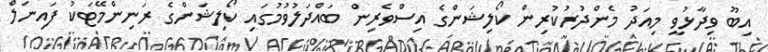
އިބޫ ވިދާޅުވީ މިއަދު މެންދުރުކުރިން ކޯލިޝަންގެ އިސްވެރިން ބައްދަލުވުމުގައި ކޯލިޝަންގެ ރަނިންމޭޓަކު ފައިނަލް